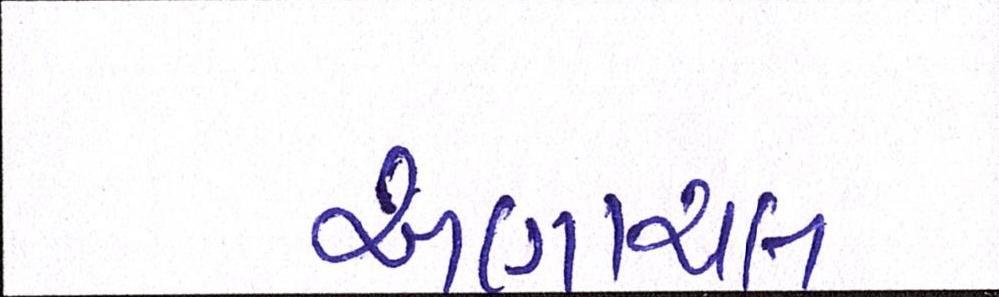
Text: અણાચલ